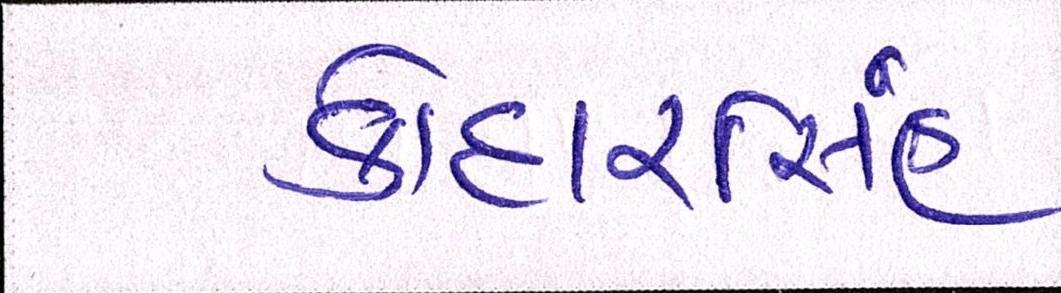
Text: કોદારસિંહ